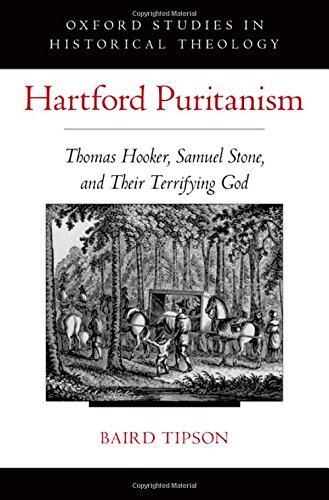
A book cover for Hartford Puritanism: Thomas Hooker, Samuel Stone, and Their Terrifying God (Oxford Studies in Historical Theology); Baird Tipson; Biographies & Memoirs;